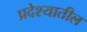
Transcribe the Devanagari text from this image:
प्रदेश्यातील